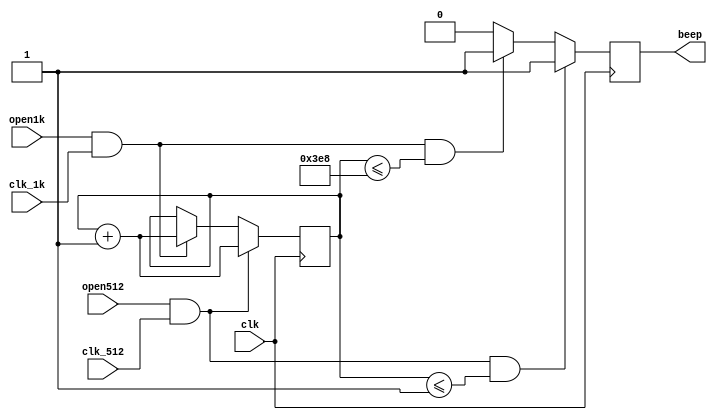
`timescale 1ns / 1ps
//////////////////////////////////////////////////////////////////////////////////
// Company: 
// Engineer: 
// 
// Design Name: 
// Module Name: Beeper
// Project Name: 
// Target Devices: 
// Tool Versions: 
// Description: 
// 
// Dependencies: 
// 
// Revision:
// Revision 0.01 - File Created
// Additional Comments:
// 
//////////////////////////////////////////////////////////////////////////////////


module Beeper(
    input clk,
    input clk_512,
    input clk_1k,
    input open512,
    input open1k,
    output reg beep = 0
    );
    reg [3:0] count = 4'b0000;
    
    always@(posedge clk)
        if(open512&&clk_512)
            count <= count + 1;
        else if(open1k&&clk_1k)
            count <= count + 1;    
    
    always@(posedge clk)
    begin
        if(open512&&clk_512&&count<=1)
            beep <= 1;
        else if(open1k&&clk_1k&&count<=1000)
            beep <= 1;
        else beep <= 0;        
    end
endmodule